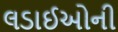
લડાઈઓની